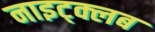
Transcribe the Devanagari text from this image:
नाइट्क्लब